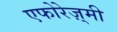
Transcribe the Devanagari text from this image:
एफोरेज़्मी